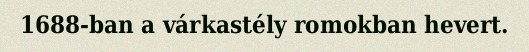
1688-ban a várkastély romokban hevert.